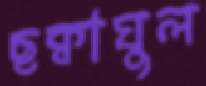
ছক্বাঘুল